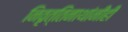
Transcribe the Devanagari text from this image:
निवृत्तिनाथांनीही